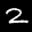
Label: 2